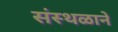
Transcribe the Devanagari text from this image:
संस्थळाने